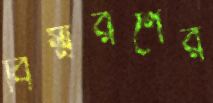
বিস্মরণের